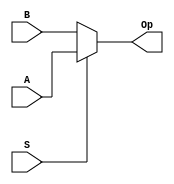
module MUX_SMALL(input A,input B,input S,output Op);
  assign Op=(S)? A:B;
endmodule

module MUX_BIG(input [0:7] A,input [0:2] S,output Op);
   assign Op= (S[2])?(S[1]?(S[0]?A[7]:A[6]):(S[0]?A[5]:A[4])):(S[1]?(S[0]?A[3]:A[2]):(S[0]?A[1]:A[0]));
endmodule
module TFF(input clk,input clear,input T,output reg  q);
 initial
  q=1'b0;
 always@(posedge clk)begin
    if(clear)
     q<=1'b0;
    else begin
        if(T)
         q<=~q;
        else
         q<=q;
      end
 end
endmodule


module COUNTER_4BIT(input clk,input clear,output  [0:3] q);
    wire [0:3] t;
    assign t[0]=1'b1;
    assign t[1]=q[0];
    and(t[2],q[0],q[1]);
    and(t[3],q[2],t[2]);
    TFF t1(clk,t[0],clear,q[0]);
    TFF t2(clk,t[1],clear,q[1]);
    TFF t3(clk,t[2],clear,q[2]);
    TFF t4(clk,t[3],clear,q[3]);

endmodule

module COUNTER_3BIT(input clk,input clear,output  [0:2] q);
    wire [0:2] t;
    assign t[0]=1'b0;
    assign t[1]=q[0];
    and(t[2],q[0],q[1]);
    TFF tt1(clk,clear,t[0],q[0]);
    TFF tt2(clk,clear,t[1],q[1]);
    TFF tt3(clk,clear,t[2],q[2]);
endmodule

module MEMORY(input [0:3] A,output reg [0:7] D);
  reg [0:7] memory [0:15];
  initial begin
    memory[0]= 8'hcc;
    memory[1]= 8'haa;
    memory[2]= 8'hcc;
    memory[3]= 8'haa;
    memory[4]= 8'hcc;
    memory[5]= 8'haa;
    memory[6]= 8'hcc;
    memory[7]= 8'haa;
    memory[8]= 8'hcc;
    memory[9]= 8'haa;
    memory[10]= 8'hcc;
    memory[11]= 8'haa;
    memory[12]= 8'hcc;
    memory[13]= 8'haa;
    memory[14]= 8'hcc;
    memory[15]= 8'haa;

  end
  always @(A) begin
     case (A)
      4'd0 : D=memory[0];
      4'd1 : D=memory[1];
      4'd2 : D=memory[2] ;
      4'd3: D=memory[3];
      4'd4 : D=memory[4];
      4'd5 : D=memory[5];
      4'd6 : D=memory[6];
      4'd7 : D=memory[7];
      4'd8 : D=memory[8];
      4'd9 : D=memory[9];
      4'd10 : D=memory[10];
      4'd11 : D=memory[11];
      4'd12 : D=memory[12];
      4'd13 : D=memory[13];
      4'd14 : D=memory[14];
      4'd15 : D=memory[15];
     endcase
  end
endmodule

module INTG(input clear,input clk1,output Op);
 wire [0:2] q;
 COUNTER_3BIT c1(clk1,clear,q);
 wire clk2;
 and(clk2,q[0],q[1],q[2]);
 wire [0:3] Q;
 COUNTER_4BIT c2(clk2,clear,Q);
 wire [0:7]D;
 MEMORY m(Q,D);
 MUX_BIG mu(D,q,Op);
endmodule

module testbench;
 initial begin
        $dumpfile("tb_intg.vcd");
        $dumpvars;
    end
 reg clk,clear;
 wire op;
 INTG intg(clear,clk,op);
 initial clk=1'b0;

 initial begin
       clear=1'b1;
    #1 clear=1'b0;
    #1000 $finish;
 end
 always
 #0.5 clk=~clk;
initial
 $monitor("clk : %b, clear : %b, output : %b\n",clk,clear,op);
endmodule